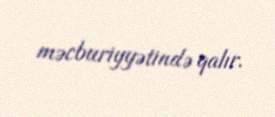
məcburiyyətində qalır.